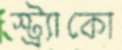
স্ট্র্যাকো